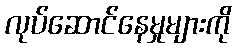
လုပ်ဆောင်နေမှုများကို